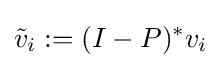
{\tilde {v}}_{i}:=(I-P)^{*}v_{i}